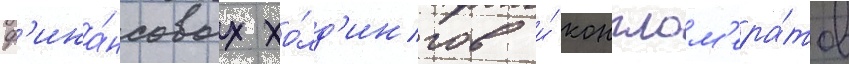
ф'ина́нсовых хо́лд'ингов и́ конглом'ера́тов